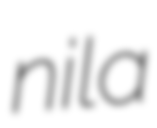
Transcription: nila